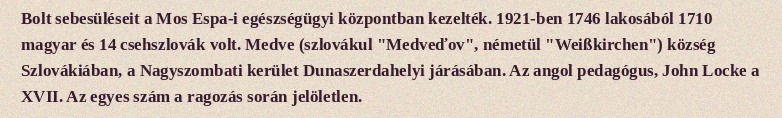
Bolt sebesüléseit a Mos Espa-i egészségügyi központban kezelték. 1921-ben 1746 lakosából 1710 magyar és 14 csehszlovák volt. Medve (szlovákul "Medveďov", németül "Weißkirchen") község Szlovákiában, a Nagyszombati kerület Dunaszerdahelyi járásában. Az angol pedagógus, John Locke a XVII. Az egyes szám a ragozás során jelöletlen.